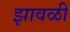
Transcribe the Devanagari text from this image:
झावळी